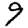
Digit: 9